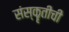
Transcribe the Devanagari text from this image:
संस्कॄतीची